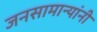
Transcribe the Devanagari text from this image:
जनसामान्यांनी